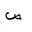
Letter: _sad